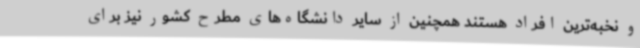
و نخبه‌ترین افراد هستند همچنین از سایر دانشگاه‌های مطرح کشور نیز برای